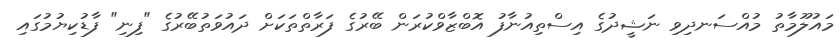
މައުލޫމާތު މުއްސަނދިވި ނަޝީދުގެ އިސްތިއުނާފު އޮބްޒާވްކުރަން ބޭރުގެ ފަރާތްތަކަށް ދައުވަތުބޭރުގެ "ފިނި" ފާޑުކިޔުމުގައި